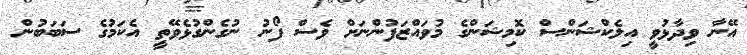
އޭނާ ވިދާޅުވީ އިލެކްޝަންސް ކޮމިޝަންގެ މުވައްޒަފުންނަށް ވެސް ފޯނު ނުގެންގުޅެވޭތީ އެކަމުގެ ސަބަބުން